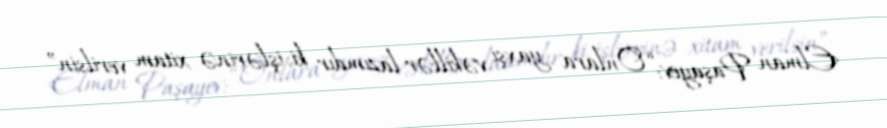
Elman Paşayev: “Onlara yaxşı vəkillər lazımdır ki, işlərinə xitam verilsin”